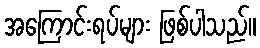
အကြောင်းရပ်များ ဖြစ်ပါသည်။